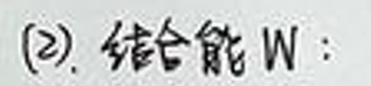
(2). 结合能\(W\)：